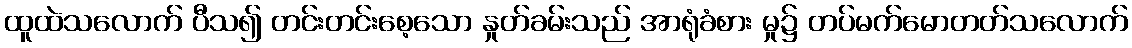
ထူထဲသလောက် ပီသ၍ တင်းတင်းစေ့သော နှုတ်ခမ်းသည် အာရုံခံစား မှု၌ တပ်မက်မောတတ်သလောက်